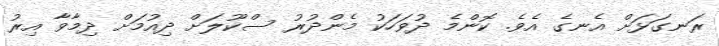
ރަނގަޅަށް އެނގެ އެވެ. ކޮންމެ ދުވަހަކު މެންދުރު ސްކޫލަށް ދިއުމަށް ދިމާވާ އިރު